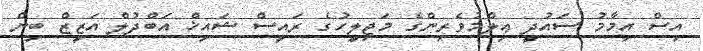
އިސް އިމާމު ސައުދީ ޢިލްމުވެރިންގެ މަޖިލީހުގެ ރައީސް ޝައިޚް އަބްދުލް އަޒީޒް ބިން